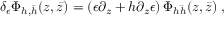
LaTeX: \delta _ { \epsilon } \Phi _ { h , \bar { h } } ( z , \bar { z } ) = \left( \epsilon \partial _ { z } + h \partial _ { z } \epsilon \right) \Phi _ { h \bar { h } } ( z , \bar { z } ) \; ,